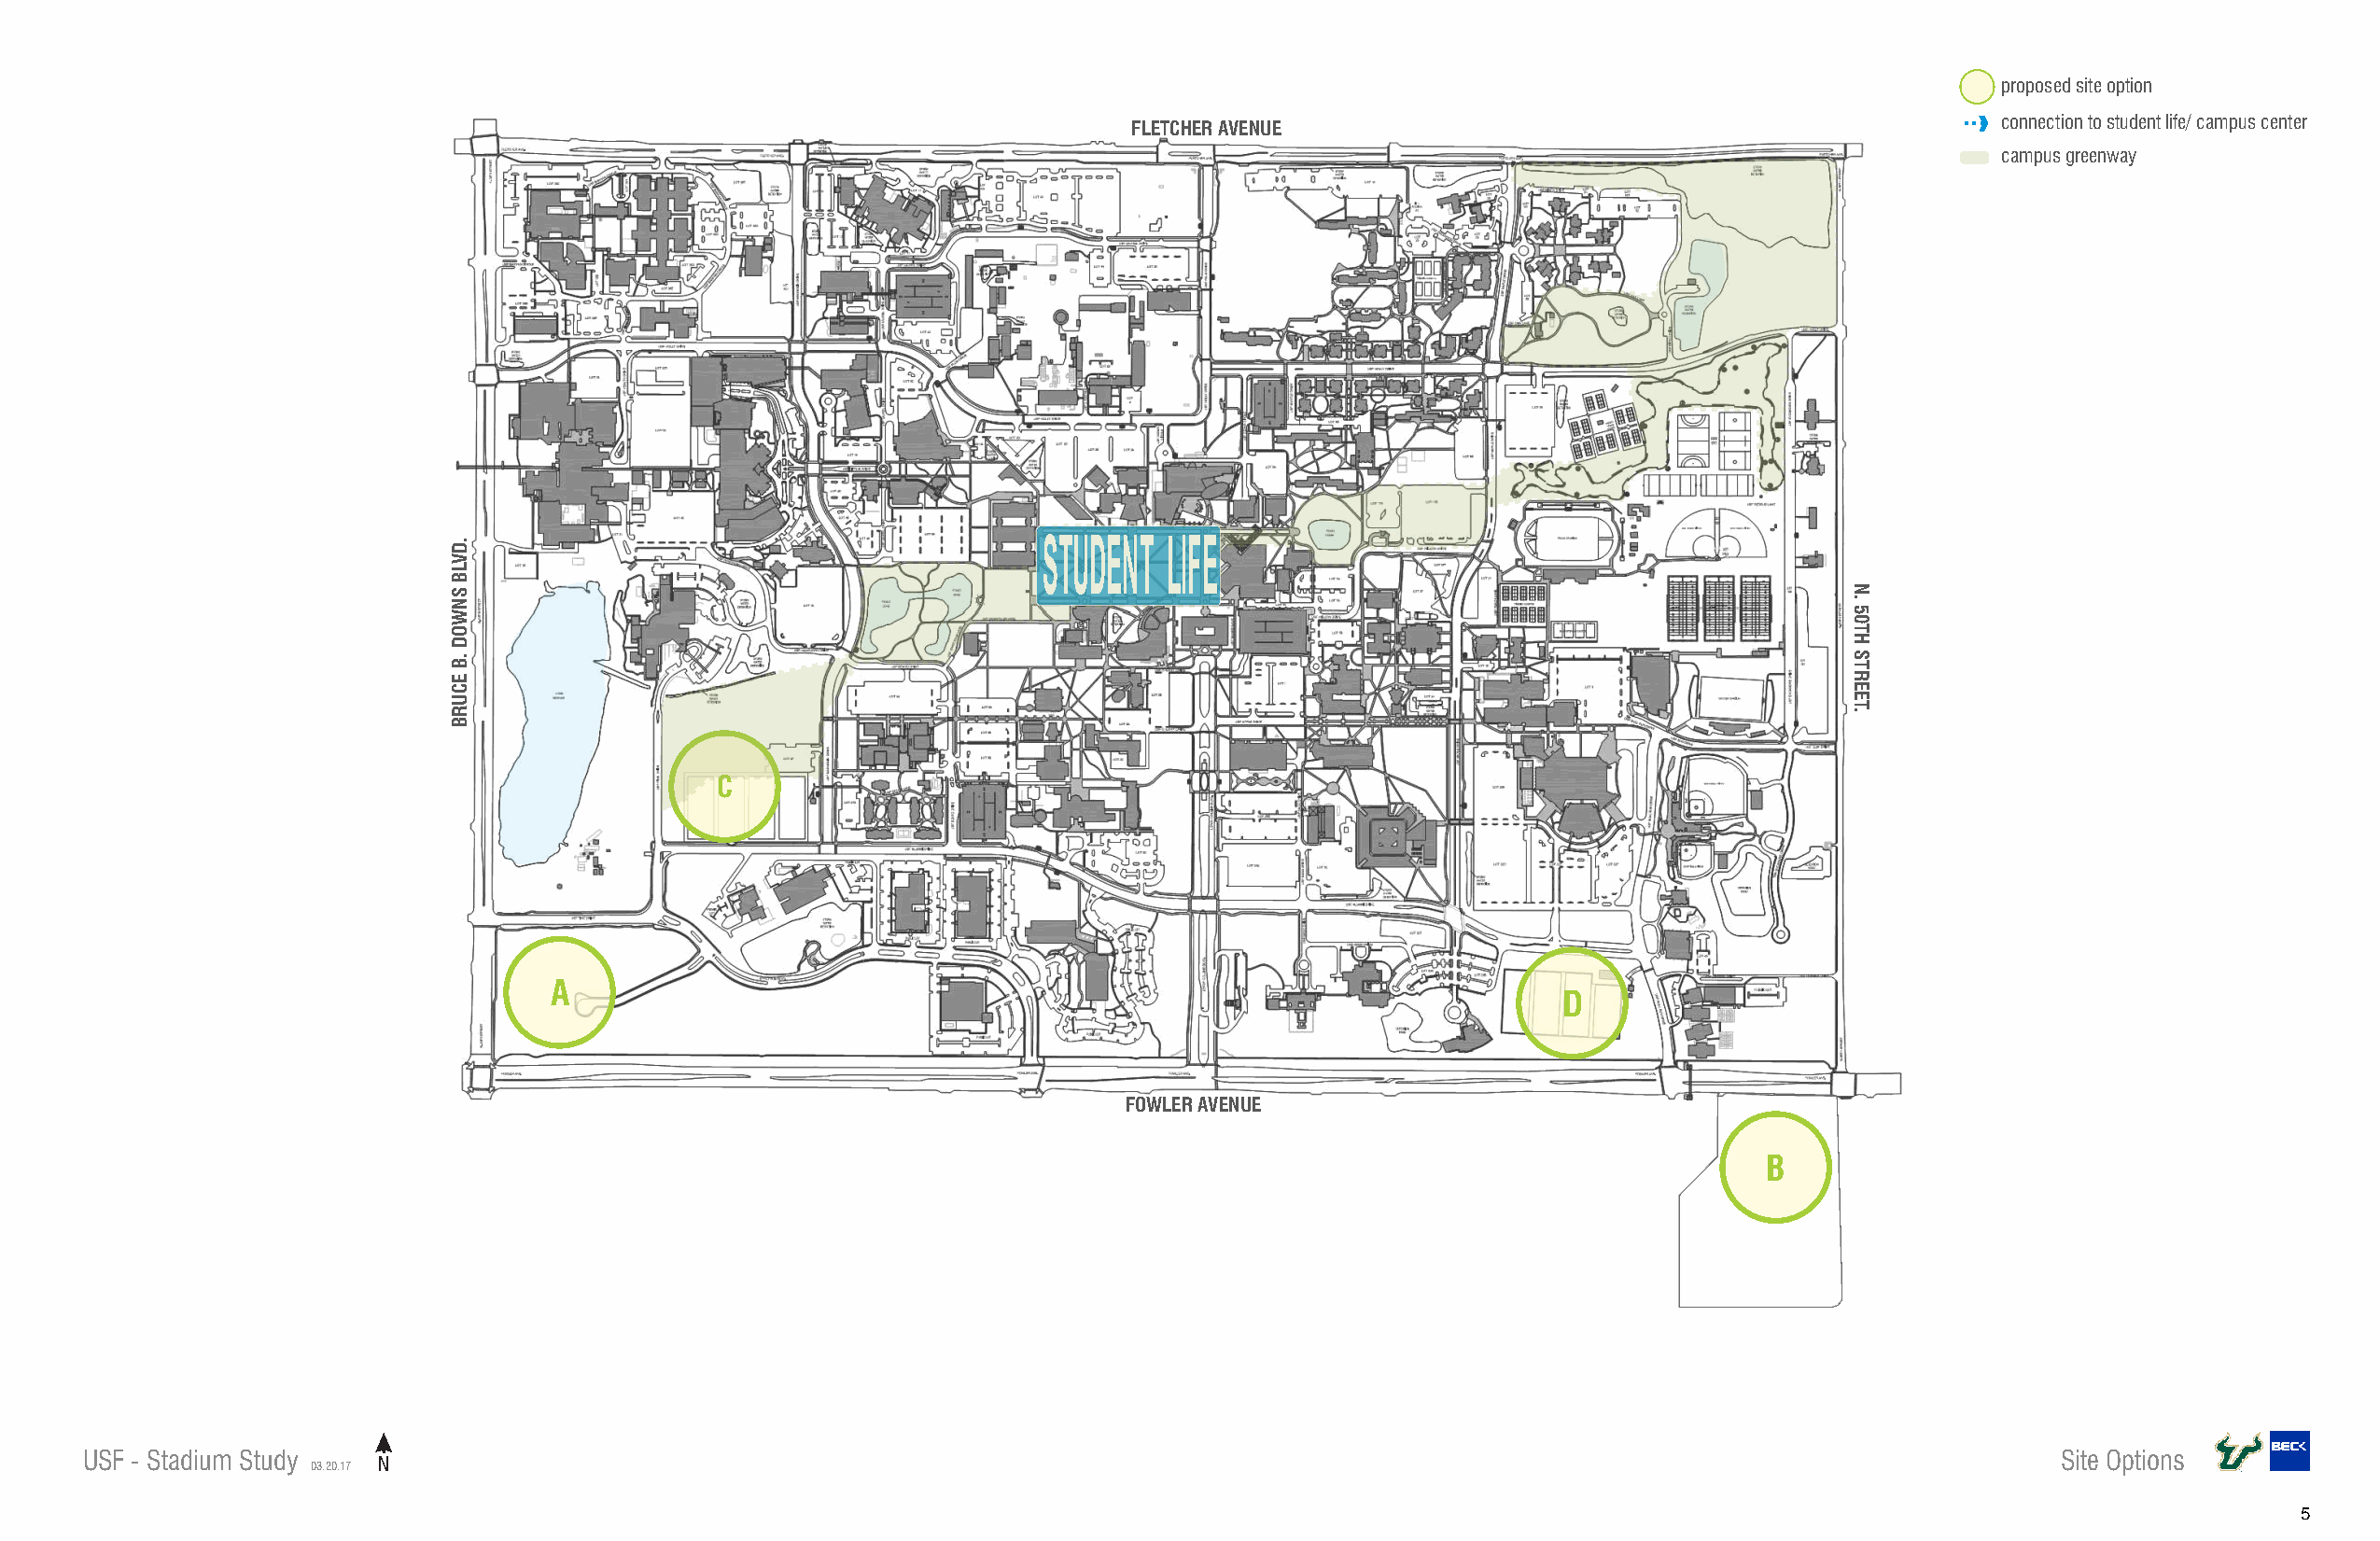
proposed site option
 connection to student life/ campus center
 FLETCHER AVENUE
 campus greenway
 STUDENT  LIFE
 C
 A
 D
 FOWLER AVENUE
 B
 USF - Stadium Study                                                                                                                         Site Options
 03.20.17 N
 5
 .DVLB
 SNWOD
 .B
 ECURB
 N.
 50TH
 STREET.